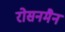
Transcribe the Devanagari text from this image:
रोसनमैन